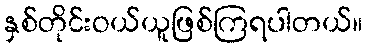
နှစ်တိုင်းဝယ်ယူဖြစ်ကြရပါတယ်။